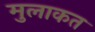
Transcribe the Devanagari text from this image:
मुलाकत